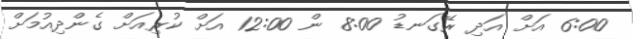
6:00 އަށް އަދި ރޭގަނޑު 8:00 ން 12:00 އަށް ކުރިއަށް ގެންދިއުމަށް